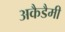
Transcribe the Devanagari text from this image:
अकैडैमी